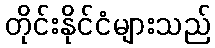
တိုင်းနိုင်ငံများသည်